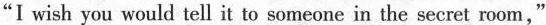
"I wish you would tell it to someone in the secret room,"